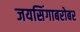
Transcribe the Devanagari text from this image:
जयसिंगाबरोबर